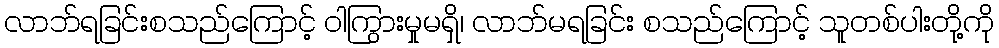
လာဘ်ရခြင်းစသည်ကြောင့် ဝါကြွားမှုမရှိ၊ လာဘ်မရခြင်း စသည်ကြောင့် သူတစ်ပါးတို့ကို